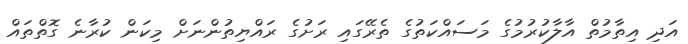
އަދި އިތާމުތް އާލާކުރުމުގެ މަސައްކަތުގެ ތެރޭގައި ރަށުގެ ރައްޔިތުންނަށް މިކަން ކުރާނެ ގޮތްތައް